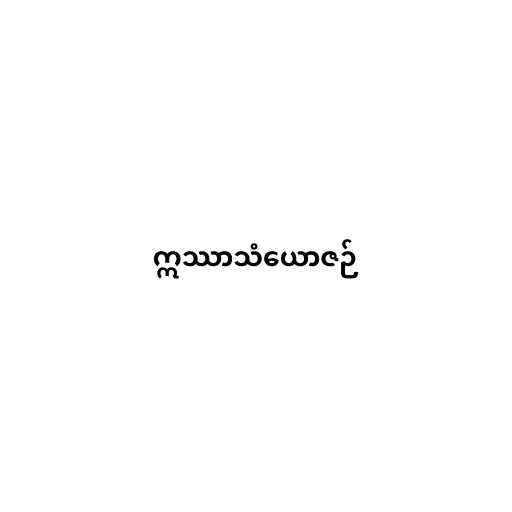
ဣဿာသံယောဇဉ်